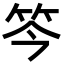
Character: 笒